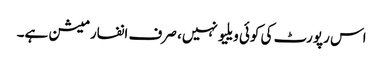
اس رپورٹ کی کوئی ویلیو نہیں، صرف انفارمیشن ہے۔